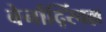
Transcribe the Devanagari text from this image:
बेर्नार्द्स्विल्ल